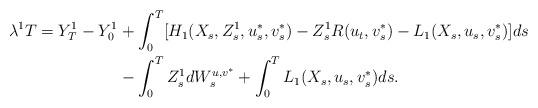
LaTeX: \begin{align*}\lambda^1 T = Y^1_T-Y^1_0 &+ \int_0^T [H_1(X_{s}, Z^1_s,u^*_s,v^*_s) - Z^1_sR(u_t,v^*_s) - L_1(X_s,u_s,v^*_s)]ds \\&- \int_0^T Z^1_s dW^{u,v^*}_s + \int_0^T L_1(X_s,u_s,v^*_s)ds.\end{align*}